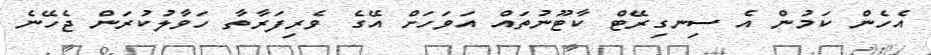
އެހެން ކަމުން އެ ސިނގިރޭޓް ކާޓޫނުތައް އަވަހަށް އޭގެ ވެރިފަރާތާ ހަވާލުކުރަން ޖެހޭނެ